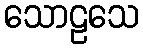
သောဠသေ